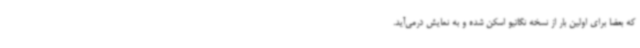
که بعضاً برای اولین بار از نسخه نگاتیو اسکن شده و به نمایش درمی‌آید.